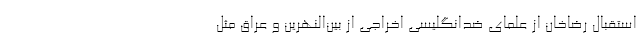
استقبال رضاخان از علمای ضدانگلیسی اخراجی از بین‌النهرین و عراق مثل